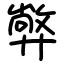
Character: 㢢